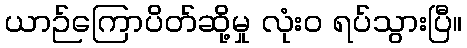
ယာဉ်ကြောပိတ်ဆို့မှု လုံးဝ ရပ်သွားပြီ။